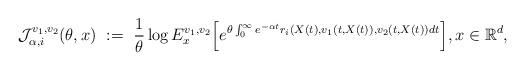
\begin{align*}\mathcal{J}^{v_1, v_2}_{\alpha, i}(\theta, x) \ := \ \dfrac{1}{\theta} \log E^{v_1, v_2}_x\Big[ e^{\theta \int^{\infty}_0 e^{-\alpha t} r_i(X(t), v_1(t,X(t)), v_2(t,X(t)) dt} \Big] , x \in \mathbb{R}^d, \end{align*}